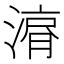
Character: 𱨇